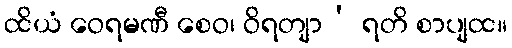
ထိယံ ဝေရမဏီ စေဝ၊ ဝိရတျာ’ ရတိ စာပျထ။